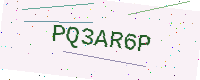
Text: PQ3AR6P